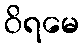
ဝိရမေ